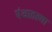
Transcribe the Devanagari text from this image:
पंथातल्या